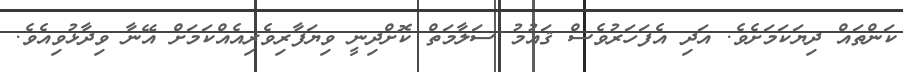
ކަންތައް ދިޔަކަމަށެވެ. އަދި އެފަހަރުވެސް ޤައުމު ސަލާމަތް ކޮށްދިނީ ވިޔަފާރިވެރިއެއްކަމަށް އޭނާ ވިދާޅުވިއެވެ.